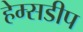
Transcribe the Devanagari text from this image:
हेम्सडीप